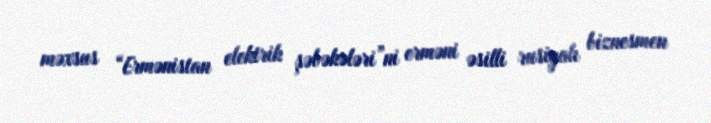
məxsus “Ermənistan elektrik şəbəkələri”ni erməni əsilli rusiyalı biznesmen